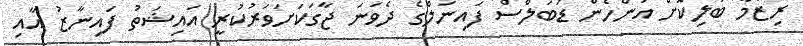
ރިޒްމާ ބަލިކޮށް އަންހެން ޑަބަލްސް ފައިނަލްގެ ދެވަނަ ޖާގަކަށަވަރުކުރީ އައިޝަތު ފައިނާޒު އާއި